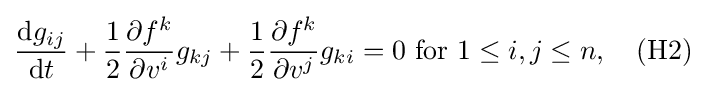
{\frac {\mathrm {d} g_{ij}}{\mathrm {d} t}}+{\frac {1}{2}}{\frac {\partial f^{k}}{\partial v^{i}}}g_{kj}+{\frac {1}{2}}{\frac {\partial f^{k}}{\partial v^{j}}}g_{ki}=0{\mbox{ for }}1\leq i,j\leq n,\quad {\mbox{(H2)}}